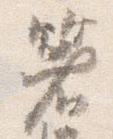
箸